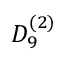
{ D } _ { 9 } ^ { ( 2 ) }